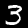
Label: 3